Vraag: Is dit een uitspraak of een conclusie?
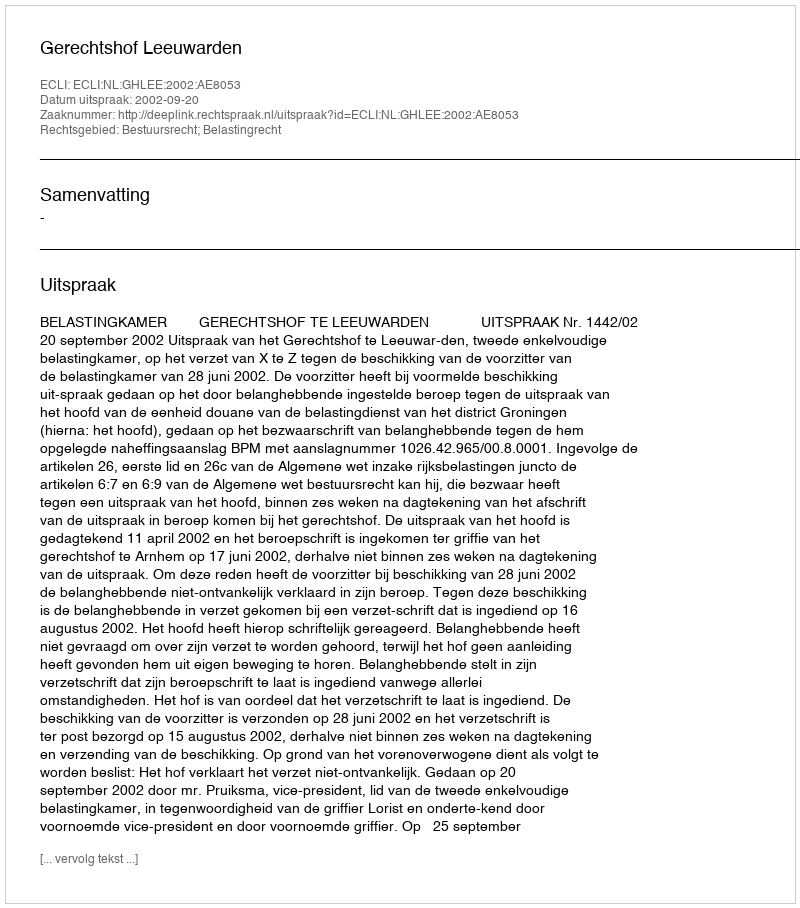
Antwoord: Uitspraak